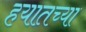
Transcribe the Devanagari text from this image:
हयातच्या